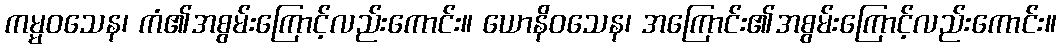
ကမ္မဝသေန၊ ကံ၏အစွမ်းကြောင့်လည်းကောင်း။ ယောနိဝသေန၊ အကြောင်း၏အစွမ်းကြောင့်လည်းကောင်း။